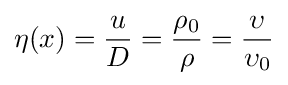
\eta (x)={\frac {u}{D}}={\frac {\rho _{0}}{\rho }}={\frac {\upsilon }{\upsilon _{0}}}